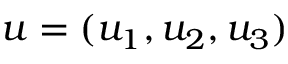
u = ( u _ { 1 } , u _ { 2 } , u _ { 3 } )